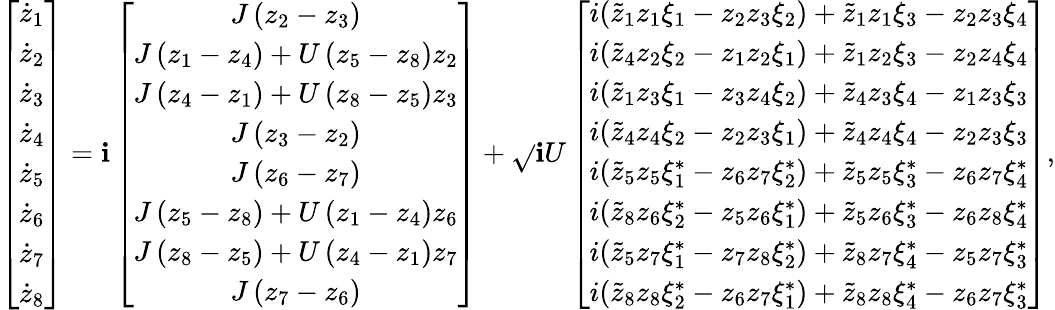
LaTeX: \left[\begin{array}{c}{\dot{z}_{1}}\\ {\dot{z}_{2}}\\ {\dot{z}_{3}}\\ {\dot{z}_{4}}\\ {\dot{z}_{5}}\\ {\dot{z}_{6}}\\ {\dot{z}_{7}}\\ {\dot{z}_{8}}\end{array}\right]=\mathbf{i}\left[\begin{array}{c}{J\left(z_{2}-z_{3}\right)}\\ {J\left(z_{1}-z_{4}\right)+U\left(z_{5}-z_{8}\right)z_{2}}\\ {J\left(z_{4}-z_{1}\right)+U\left(z_{8}-z_{5}\right)z_{3}}\\ {J\left(z_{3}-z_{2}\right)}\\ {J\left(z_{6}-z_{7}\right)}\\ {J\left(z_{5}-z_{8}\right)+U\left(z_{1}-z_{4}\right)z_{6}}\\ {J\left(z_{8}-z_{5}\right)+U\left(z_{4}-z_{1}\right)z_{7}}\\ {J\left(z_{7}-z_{6}\right)}\end{array}\right]+\sqrt{}{{\mathbf{i}U}}\left[\begin{array}{c}{i(\tilde{z}_{1}z_{1}\xi_{1}-z_{2}z_{3}\xi_{2})+\tilde{z}_{1}z_{1}\xi_{3}-z_{2}z_{3}\xi_{4}}\\ {i(\tilde{z}_{4}z_{2}\xi_{2}-z_{1}z_{2}\xi_{1})+\tilde{z}_{1}z_{2}\xi_{3}-z_{2}z_{4}\xi_{4}}\\ {i(\tilde{z}_{1}z_{3}\xi_{1}-z_{3}z_{4}\xi_{2})+\tilde{z}_{4}z_{3}\xi_{4}-z_{1}z_{3}\xi_{3}}\\ {i(\tilde{z}_{4}z_{4}\xi_{2}-z_{2}z_{3}\xi_{1})+\tilde{z}_{4}z_{4}\xi_{4}-z_{2}z_{3}\xi_{3}}\\ {i(\tilde{z}_{5}z_{5}\xi_{1}^{*}-z_{6}z_{7}\xi_{2}^{*})+\tilde{z}_{5}z_{5}\xi_{3}^{*}-z_{6}z_{7}\xi_{4}^{*}}\\ {i(\tilde{z}_{8}z_{6}\xi_{2}^{*}-z_{5}z_{6}\xi_{1}^{*})+\tilde{z}_{5}z_{6}\xi_{3}^{*}-z_{6}z_{8}\xi_{4}^{*}}\\ {i(\tilde{z}_{5}z_{7}\xi_{1}^{*}-z_{7}z_{8}\xi_{2}^{*})+\tilde{z}_{8}z_{7}\xi_{4}^{*}-z_{5}z_{7}\xi_{3}^{*}}\\ {i(\tilde{z}_{8}z_{8}\xi_{2}^{*}-z_{6}z_{7}\xi_{1}^{*})+\tilde{z}_{8}z_{8}\xi_{4}^{*}-z_{6}z_{7}\xi_{3}^{*}}\end{array}\right],